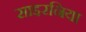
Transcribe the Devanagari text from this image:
साइरनिया